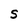
Character: S